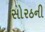
સોરઠની